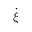
\dot { \xi }